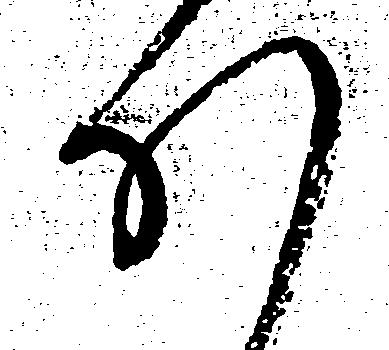
ほ